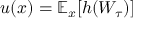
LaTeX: u ( x ) = \mathbb { E } _ { x } [ h ( W _ { \tau } ) ]